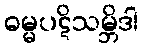
ဓမ္မပဋိသမ္ဘိဒါ